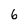
Character: 6